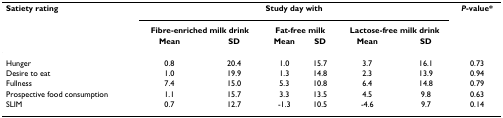
<table><thead><tr><td><b>Satiety rating</b></td><td colspan="6"><b>Study day with</b></td><td><b><i>P</i>-value*</b></td></tr><tr><td></td><td colspan="2"><b>Fibre-enriched milk drink</b></td><td colspan="2"><b>Fat-free milk</b></td><td colspan="2"><b>Lactose-free milk drink</b></td><td></td></tr><tr><td></td><td><b>Mean</b></td><td><b>SD</b></td><td><b>Mean</b></td><td><b>SD</b></td><td><b>Mean</b></td><td><b>SD</b></td><td></td></tr></thead><tbody><tr><td>Hunger</td><td>0.8</td><td>20.4</td><td>1.0</td><td>15.7</td><td>3.7</td><td>16.1</td><td>0.73</td></tr><tr><td>Desire to eat</td><td>1.0</td><td>19.9</td><td>1.3</td><td>14.8</td><td>2.3</td><td>13.9</td><td>0.94</td></tr><tr><td>Fullness</td><td>7.4</td><td>15.0</td><td>5.3</td><td>10.8</td><td>6.4</td><td>14.8</td><td>0.79</td></tr><tr><td>Prospective food consumption</td><td>1.1</td><td>15.7</td><td>3.3</td><td>13.5</td><td>4.5</td><td>9.8</td><td>0.63</td></tr><tr><td>SLIM</td><td>0.7</td><td>12.7</td><td>-1.3</td><td>10.5</td><td>-4.6</td><td>9.7</td><td>0.14</td></tr></tbody></table>